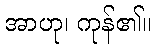
အာဟု၊ ကုန်၏။